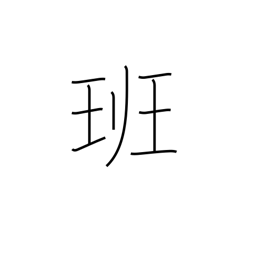
Meaning: squad